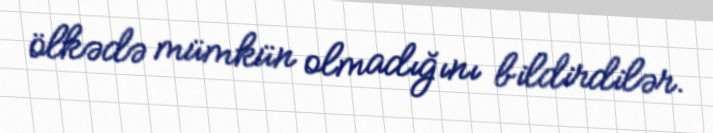
ölkədə mümkün olmadığını bildirdilər.